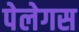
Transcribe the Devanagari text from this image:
पेलेगस